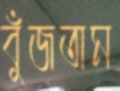
বুঁজতাম